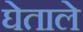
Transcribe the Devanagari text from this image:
घेताले